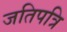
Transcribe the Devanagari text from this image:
जतिपत्रि